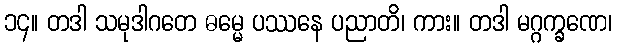
၁၄။ တဒါ သမုဒါဂတေ ဓမ္မေ ပဿနေ ပညာတိ၊ ကား။ တဒါ မဂ္ဂက္ခဏေ၊